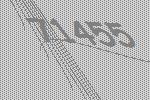
71455